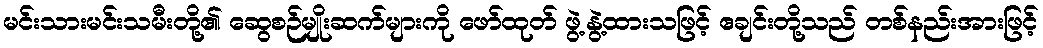
မင်းသားမင်းသမီးတို့၏ ဆွေစဉ်မျိုးဆက်များကို ဖော်ထုတ် ဖွဲ့နွဲ့ထားသဖြင့် ဧချင်းတို့သည် တစ်နည်းအားဖြင့်